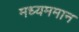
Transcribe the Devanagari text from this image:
मध्यममान